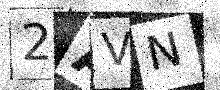
Text: 2AVN